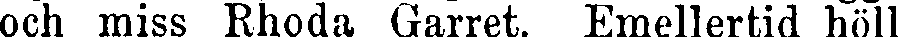
och miss Rhoda Garret. Emellertid höll